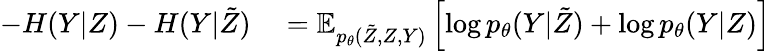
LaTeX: \begin{array}{rl}{-H(Y|Z)-H(Y|\tilde{Z})}&{{}=\mathbb{E}_{p_{\theta}(\tilde{Z},Z,Y)}\left[\log p_{\theta}(Y|\tilde{Z})+\log p_{\theta}(Y|Z)\right]}\end{array}